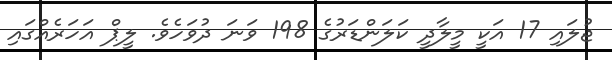
ޖުލައި 17 އަކީ މީލާދީ ކަލަންޑަރުގެ 198 ވަނަ ދުވަހެވެ. ލީޕް އަހަރެއްގައި